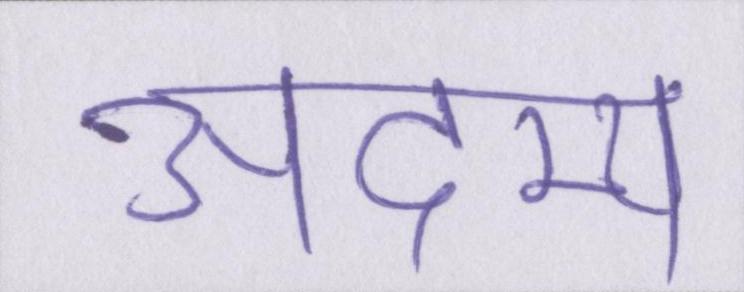
अदम्य